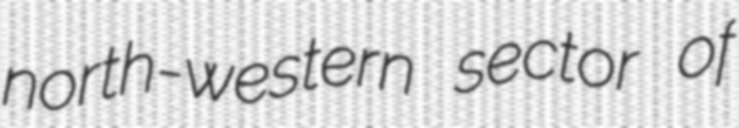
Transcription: north-western sector of